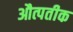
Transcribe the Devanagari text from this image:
औत्पतीक